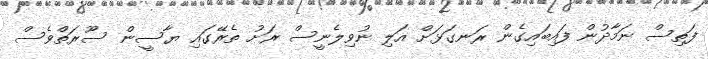
ފަތިސް ނަމާދުން ފައިބައިގެން ރަނގަޅަށް އަލި ނުވިލެނީސް ރަށު ތެރޭގައި ޔާސީން ސޫރަތްވެސް